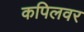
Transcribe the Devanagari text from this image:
कपिलवर